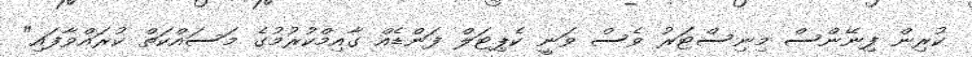
ކުރިން ފިނޭންސް މިނިސްޓަރު ވެސް ވަނީ ކެޕިޓަލް ފަންޑެއް ގާއިމްކުރުމުގެ މަސައްކަތް ކުރައްވާފައި"